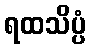
ရထသိပ္ပံ